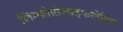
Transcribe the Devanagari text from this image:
लिम्फोप्रोलाइफलेटिव